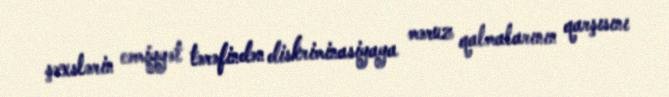
şəxslərin cəmiyyət tərəfindən diskriminasiyaya məruz qalmalarının qarşısını